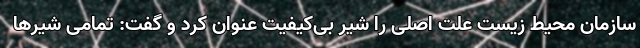
سازمان محیط زیست علت اصلی را شیر بی‌کیفیت عنوان کرد و گفت: تمامی شیرها